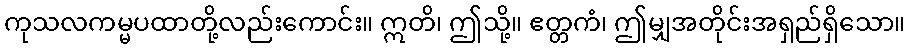
ကုသလကမ္မပထာတို့လည်းကောင်း။ ဣတိ၊ ဤသို့။ ဧတ္တကံ၊ ဤမျှအတိုင်းအရှည်ရှိသော။